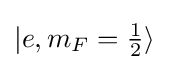
|e,m_{F}=\textstyle {\frac {1}{2}}\rangle